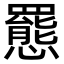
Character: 𫻕